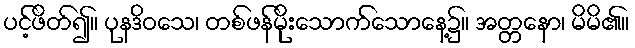
ပင့်ဖိတ်၍။ ပုနဒိဝသေ၊ တစ်ဖန်မိုးသောက်သောနေ့၌။ အတ္တနော၊ မိမိ၏။